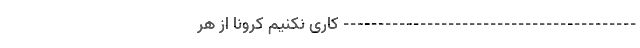
------------------------------------------ کاری نکنیم کرونا از هر